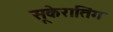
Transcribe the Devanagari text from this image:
सूकेरातिंग